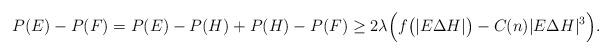
LaTeX: \begin{align*}P(E)-P(F)=P(E)- P(H)+P(H)-P(F)\geq 2\lambda \Bigl( f\big(|E\Delta H|\big) - C(n) |E\Delta H|^{3}\Big).\end{align*}